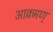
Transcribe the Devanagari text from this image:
आक्र्मण्